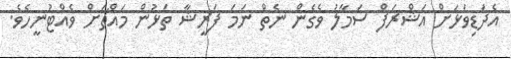
އެދަޑިވަޅަށް އަޝްރަފް ސަމާލު ވެގެން ނެތް ނަމަ ފަރީޝާ ތަޅުން މައްޗަށް ވެއްޓުނީހެވެ.